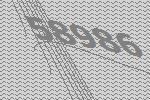
58986